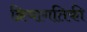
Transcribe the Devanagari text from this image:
क्रियागतिकी